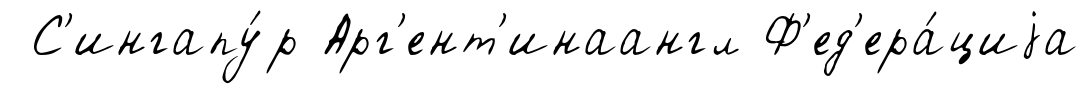
С'ингапу́р Арг'ент'инаангл Ф'ед'ера́циjа